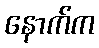
နောက်က